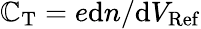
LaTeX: \mathbb{C}_{\mathrm{{T}}}=e\mathrm{{d}}n/\mathrm{{d}}V_{\mathrm{{Ref}}}